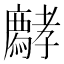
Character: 𡦱